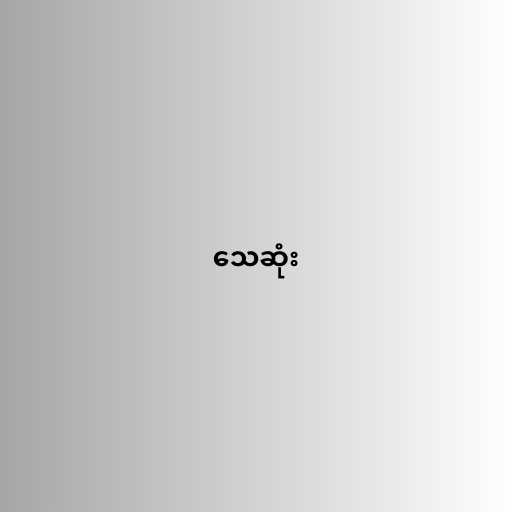
သေဆုံး